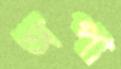
অপা